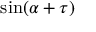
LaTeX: \sin ( \alpha + \tau )